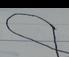
Signature authenticity: forged